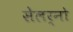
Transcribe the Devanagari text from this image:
सेलर्नो